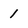
Character: 1